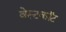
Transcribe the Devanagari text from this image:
वेस्टकॉट